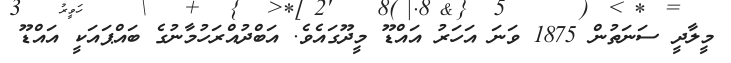
މީލާދީ ސަނަތުން 1875 ވަނަ އަހަރު އައްޑޫ މީދޫގައެވެ. އަބްދުއްރަހުމާނުގެ ބައްޕައަކީ އައްޑޫ